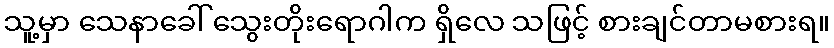
သူ့မှာ သေနာခေါ် သွေးတိုးရောဂါက ရှိလေ သဖြင့် စားချင်တာမစားရ။